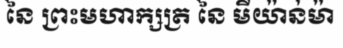
នៃ ព្រះមហាក្សត្រ នៃ មីយ៉ាន់ម៉ា